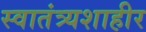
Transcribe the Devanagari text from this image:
स्वातंत्र्यशाहीर